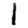
Digit: 1